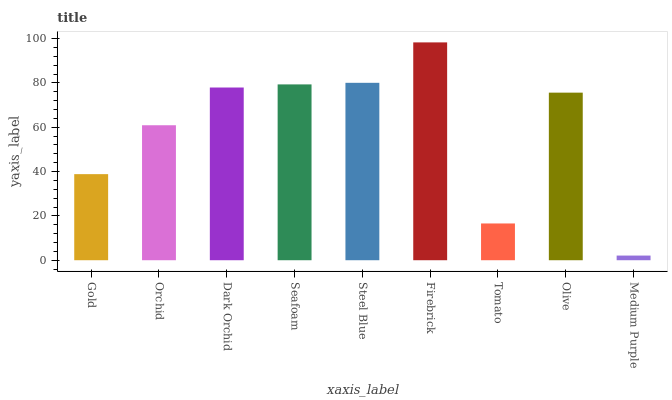
| xaxis_label | bars |
 | --- | --- |
 | Gold | 38.8 |
 | Orchid | 60.9 |
 | Dark Orchid | 77.9 |
 | Seafoam | 79.3 |
 | Steel Blue | 80 |
 | Firebrick | 98.3 |
 | Tomato | 16.6 |
 | Olive | 75.6 |
 | Medium Purple | 2.1 |